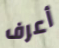
أعرف